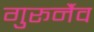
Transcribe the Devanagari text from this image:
गुरूर्नैव